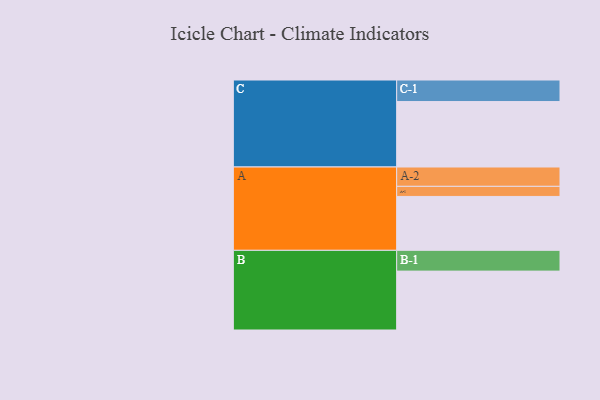
{"axis": {"x": "Segment", "y": "Value"}, "legend": ["", "A", "B", "C"], "data": [{"x": "A", "y": 485, "type": ""}, {"x": "B", "y": 530, "type": ""}, {"x": "C", "y": 589, "type": ""}, {"x": "A-1", "y": 91, "type": "A"}, {"x": "A-2", "y": 174, "type": "A"}, {"x": "B-1", "y": 187, "type": "B"}, {"x": "C-1", "y": 194, "type": "C"}]}